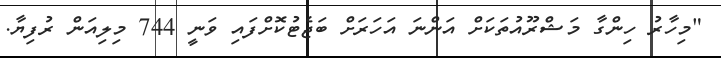
"މިހާރު ހިންގާ މަޝްރޫއުތަކަށް އަންނަ އަހަރަށް ބަޖެޓުކޮށްފައި ވަނީ 744 މިލިއަން ރުފިޔާ.